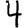
Digit: 4